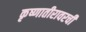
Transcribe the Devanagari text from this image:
कृष्णातीरावरची